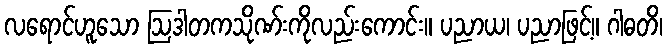
လရောင်ဟူသော ဩဒါတကသိုဏ်းကိုလည်းကောင်း။ ပညာယ၊ ပညာဖြင့်။ ဂါဓတိ၊